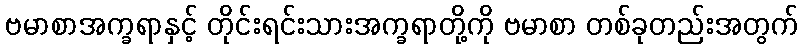
ဗမာစာအက္ခရာနှင့် တိုင်းရင်းသားအက္ခရာတို့ကို ဗမာစာ တစ်ခုတည်းအတွက်